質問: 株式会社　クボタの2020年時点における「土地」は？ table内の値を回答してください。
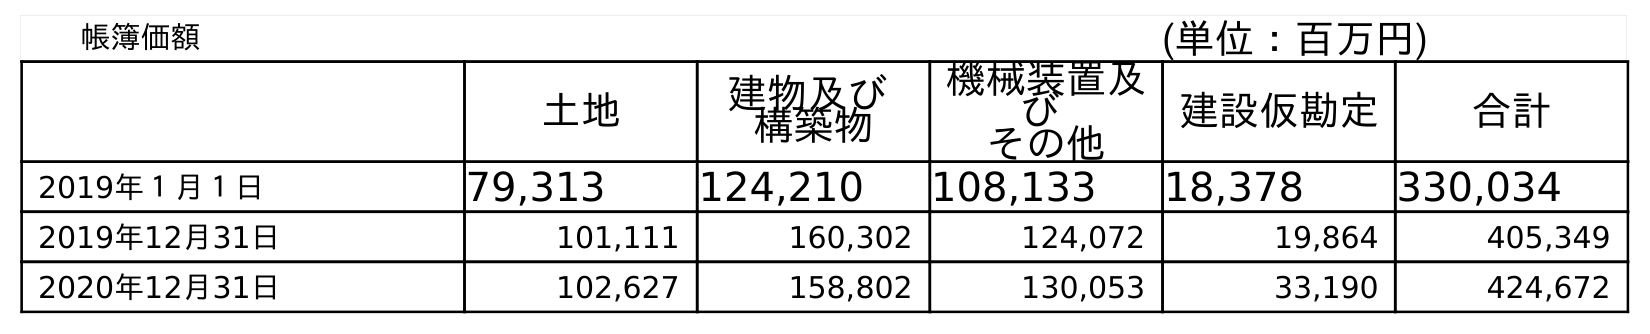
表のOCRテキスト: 帳簿価額 (単位：百万円) 土地 建物及び 構築物 機械装置及 び その他 建設仮勘定 合計 2019年１月１日 79,313 124,210 108,133 18,378 330,034 2019年12月31日 101,111 160,302 124,072 19,864 405,349 2020年12月31日 102,627 158,802 130,053 33,190 424,672
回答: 102,627